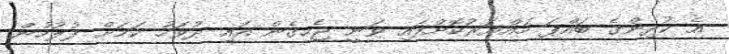
އެ ކުދިންގެ ބައްޕަ ހައްޔަރުކޮށްފައި ވަނީ ޖެހިގެން އައި ދުވަހު ކަމަށް ފުލުހުން